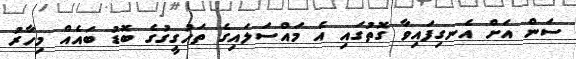
ސަން އަށް އެނގިފައިވާ ގޮތުގައި އެ މައްސަލައިގެ ތަހުގީގުގެ ބޮޑު ބައެއް މިހާރު